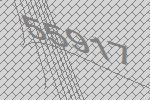
55917